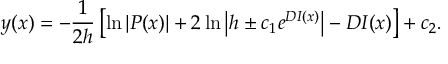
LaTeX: y ( x ) = - \frac { 1 } { 2 h } \left[ \ln { \left| P ( x ) \right| } + 2 \ln { \left| h \pm c _ { 1 } e ^ { D I ( x ) } \right| } - D I ( x ) \right] + c _ { 2 } .